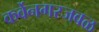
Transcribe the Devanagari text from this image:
कर्वेनगरजवळ